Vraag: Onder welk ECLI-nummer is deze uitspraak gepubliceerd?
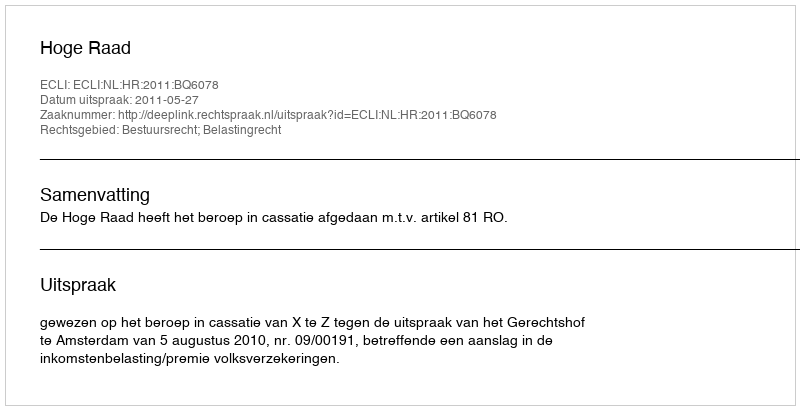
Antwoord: ECLI:NL:HR:2011:BQ6078